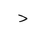
Letter: _dal